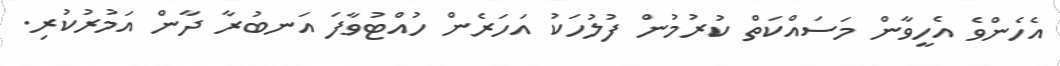
އެހެންވެ އެހީވާން މަސައްކަތް ކުރުމުން ފުލުހަކު އަހަރެން ހުއްޓުވާފަ އަނބުރާ ދާން އަމުރުކުރި.